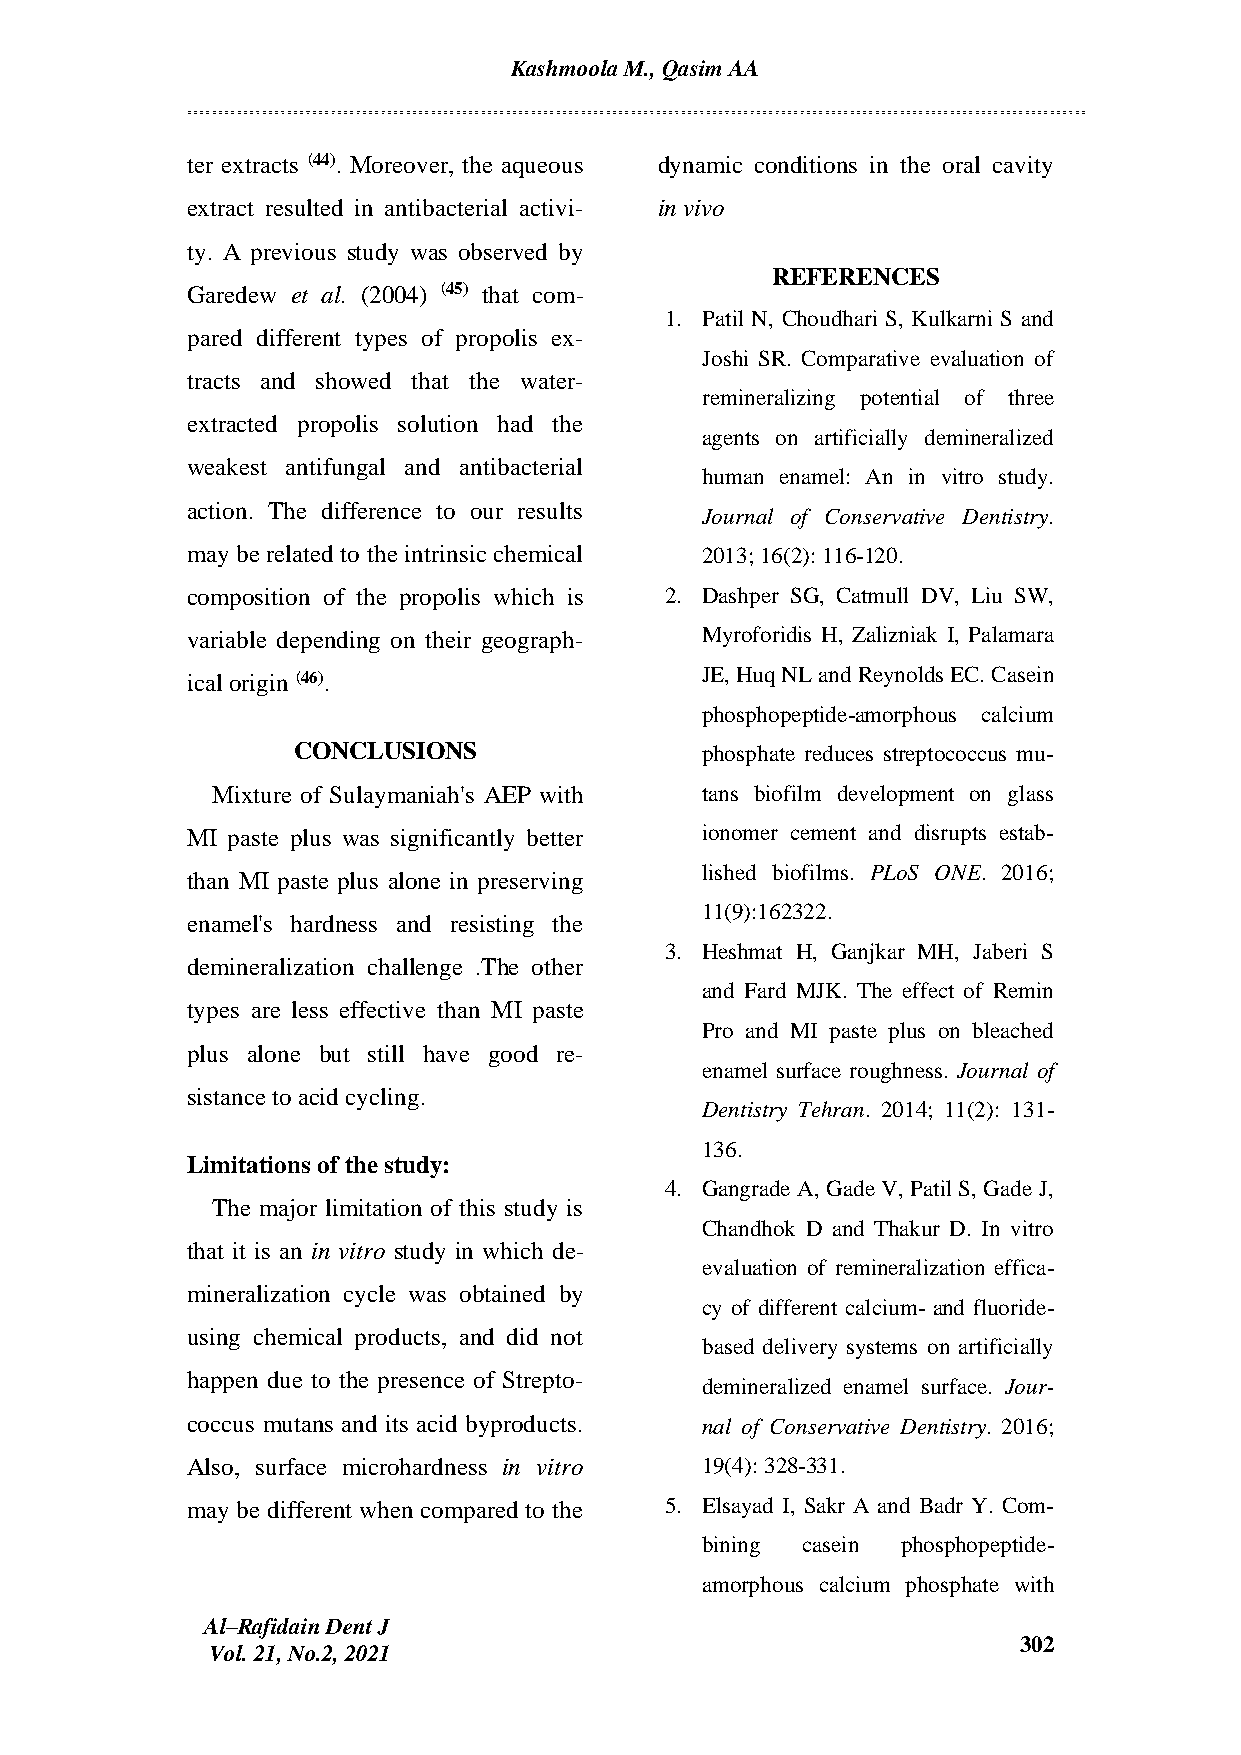
Kashmoola M., Qasim AA
 ter extracts (44). Moreover, the aqueous dynamic conditions in the oral cavity
 extract resulted in antibacterial activi- in vivo
 ty. A previous study was observed by
 REFERENCES
 Garedew et al. (2004) (45) that com-
 1. Patil N, Choudhari S, Kulkarni S and
 pared different types of propolis ex-
 Joshi SR. Comparative evaluation of
 tracts and showed that the water-
 remineralizing potential of three
 extracted propolis solution had the
 agents on artificially demineralized
 weakest antifungal and antibacterial
 human enamel: An in vitro study.
 action. The difference to our results
 Journal of Conservative Dentistry.
 may be related to the intrinsic chemical 2013; 16(2): 116-120.
 composition of the propolis which is 2. Dashper SG, Catmull DV, Liu SW,
 variable depending on their geograph- Myroforidis H, Zalizniak I, Palamara
 ical origin (46).                 JE, Huq NL and Reynolds EC. Casein
 phosphopeptide-amorphous calcium
 CONCLUSIONS                phosphate reduces streptococcus mu-
 Mixture of Sulaymaniah's AEP with tans biofilm development on glass
 MI paste plus was significantly better ionomer cement and disrupts estab-
 lished biofilms. PLoS ONE. 2016;
 than MI paste plus alone in preserving
 11(9):162322.
 enamel's hardness and resisting the
 3. Heshmat H, Ganjkar MH, Jaberi S
 demineralization challenge .The other
 and Fard MJK. The effect of Remin
 types are less effective than MI paste
 Pro and MI paste plus on bleached
 plus alone but still have good re-
 enamel surface roughness. Journal of
 sistance to acid cycling.
 Dentistry Tehran. 2014; 11(2): 131-
 136.
 Limitations of the study:
 4. Gangrade A, Gade V, Patil S, Gade J,
 The major limitation of this study is
 Chandhok D and Thakur D. In vitro
 that it is an in vitro study in which de-
 evaluation of remineralization effica-
 mineralization cycle was obtained by
 cy of different calcium- and fluoride-
 using chemical products, and did not
 based delivery systems on artificially
 happen due to the presence of Strepto-
 demineralized enamel surface. Jour-
 coccus mutans and its acid byproducts. nal of Conservative Dentistry. 2016;
 Also, surface microhardness in vitro 19(4): 328-331.
 may be different when compared to the 5. Elsayad I, Sakr A and Badr Y. Com-
 bining casein phosphopeptide-
 amorphous calcium phosphate with
 Al–Rafidain Dent J
 302
 Vol. 21, No.2, 2021